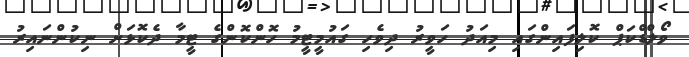
ވޯލްޑްކަޕް ކޮލިފައިންގައި މިއަދު ހަވީރު ދިވެހި ގައުމީޓީމު ހޮންކޮންގެ ޓީމާ ދެކޮޅަށް ނިކުންނައިރު